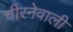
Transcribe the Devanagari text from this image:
चीरनेवाली